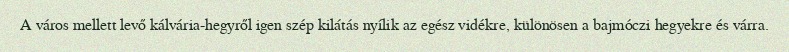
A város mellett levő kálvária-hegyről igen szép kilátás nyílik az egész vidékre, különösen a bajmóczi hegyekre és várra.